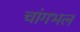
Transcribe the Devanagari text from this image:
चांगभल